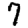
Digit: 7